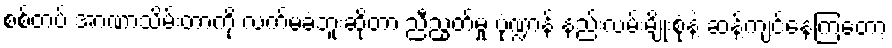
စစ်တပ် အာဏာသိမ်းတာကို လက်မခံဘူးဆိုတာ ညီညွတ်မှု ပုံဏ္ဍာန် နည်းလမ်းမျိုးစုံနဲ့ ဆန့်ကျင်နေကြတော့